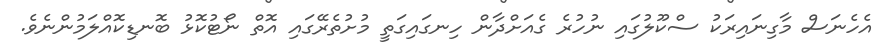
އެހެނަސް މާގިނައިރަކު ސްކޫލުގައި ނުހުރެ ގެއަށްދާން ހިނގައިގަތީ މުށުތެރޭގައި އޮތް ނޯޓުކޮޅު ބޮނޑިކޮއްލަމުންނެވެ.